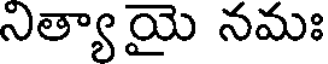
నిత్యాయై నమః